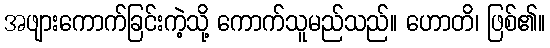
အဖျားကောက်ခြင်းကဲ့သို့ ကောက်သူမည်သည်။ ဟောတိ၊ ဖြစ်၏။